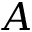
A